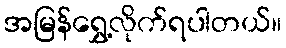
အမြန်ရွှေ့လိုက်ရပါတယ်။